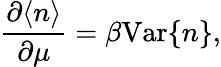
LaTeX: \frac{\partial\langle n\rangle}{\partial\mu}=\beta\mathrm{Var}\{ n\} ,